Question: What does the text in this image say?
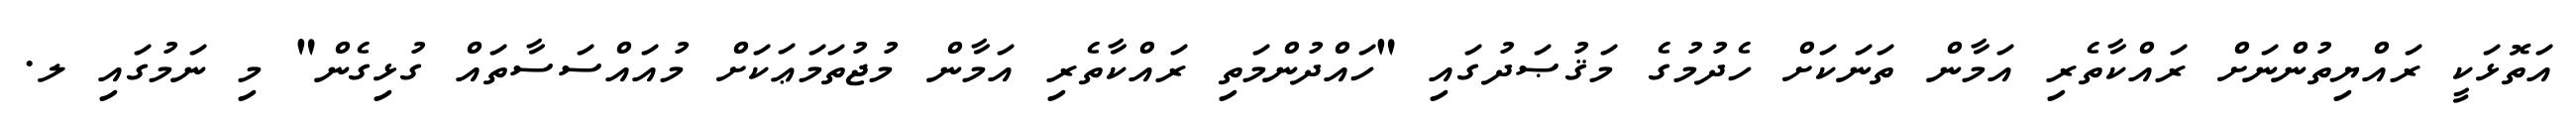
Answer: އަތޮޅަކީ ރައްޔިތުންނަށް ރައްކާތެރި އަމާން ތަނަކަށް ހެދުމުގެ މަޤުޞަދުގައި "ހައްދުންމަތި ރައްކާތެރި އަމާން މުޖުތަމަޢަކަށް މުއައްސަސާތައް ގުޅިގެން" މި ނަމުގައި ލ.